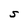
Character: S